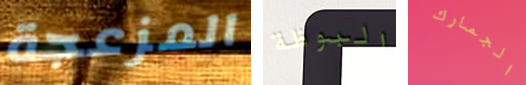
المزعجة البوظة الجمارك